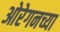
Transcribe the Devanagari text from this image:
ओरेगनच्या